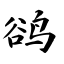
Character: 鹆